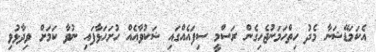
އެކަމަޑޭޝަނާ މެދު ހިތްހަމަނުޖެހިގެން ރަސްމީ ސިފައެއްގައި ޝަކުވާއެއް ހުށަހަޅާފައި ނުވާ ކަމަށް ވިދާޅުވި